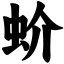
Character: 蚧